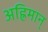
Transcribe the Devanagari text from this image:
अह्रिमान्